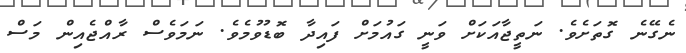
ނެގޭނެ ގޮތަށެވެ. ނަތީޖާއަކަށް ވަނީ ގައުމަށް ފައިދާ ބޮޑުވުމެވެ. ނަމަވެސް ރާއްޖެއިން މަސް